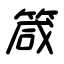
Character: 箴